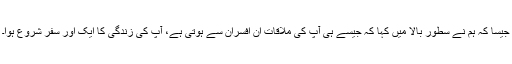
جیسا کہ ہم نے سطور بالا میں کہا کہ جیسے ہی آپ کی ملاقات ان افسران سے ہوتی ہے، آپ کی زندگی کا ایک اور سفر شروع ہوا۔